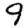
Digit: 9